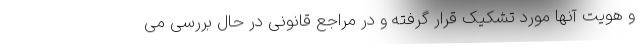
و هویت آنها مورد تشکیک قرار گرفته و در مراجع قانونی در حال بررسی می